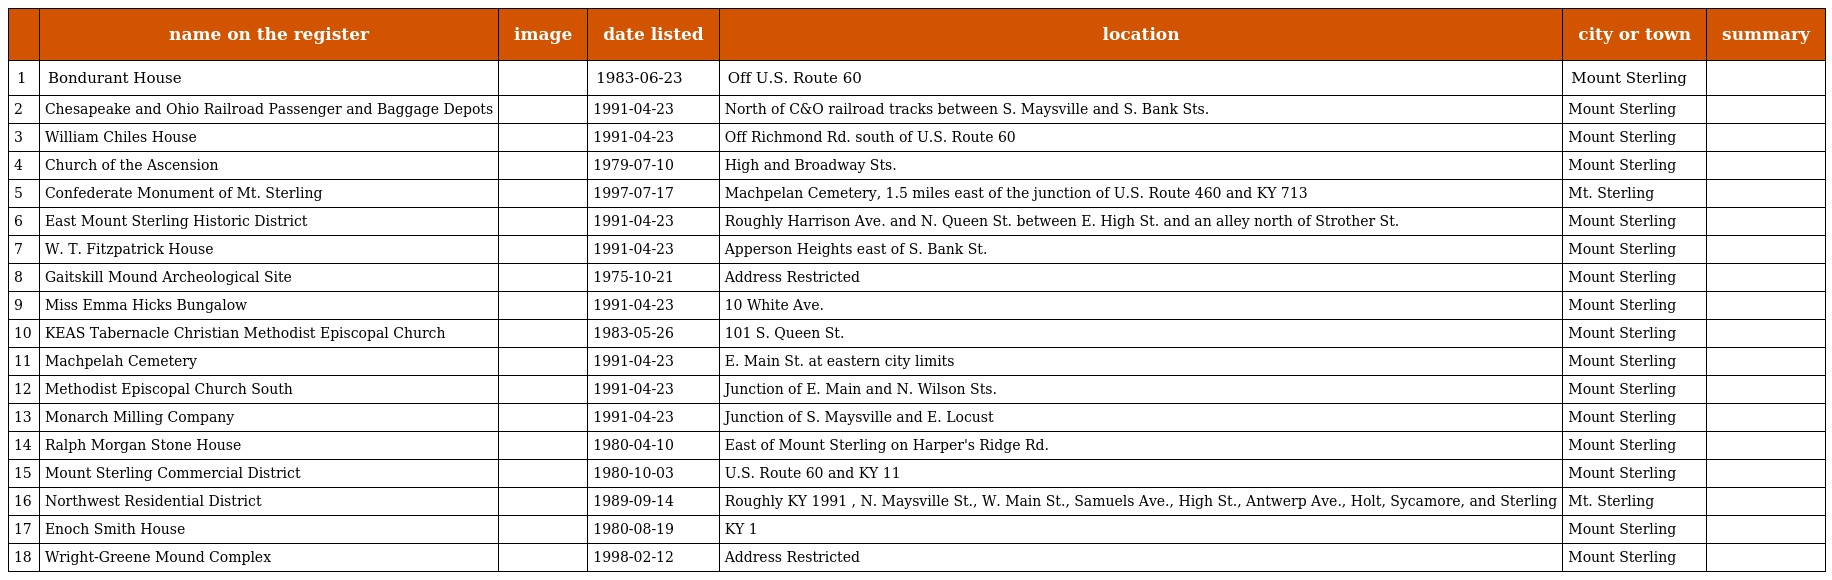
|  | name on the register | image | date listed | location | city or town | summary |
 | --- | --- | --- | --- | --- | --- | --- |
 | 1 | Bondurant House |  | 1983-06-23 | Off U.S. Route 60 | Mount Sterling |  |
 | 2 | Chesapeake and Ohio Railroad Passenger and Baggage Depots |  | 1991-04-23 | North of C&O railroad tracks between S. Maysville and S. Bank Sts. | Mount Sterling |  |
 | 3 | William Chiles House |  | 1991-04-23 | Off Richmond Rd. south of U.S. Route 60 | Mount Sterling |  |
 | 4 | Church of the Ascension |  | 1979-07-10 | High and Broadway Sts. | Mount Sterling |  |
 | 5 | Confederate Monument of Mt. Sterling |  | 1997-07-17 | Machpelan Cemetery, 1.5 miles east of the junction of U.S. Route 460 and KY 713 | Mt. Sterling |  |
 | 6 | East Mount Sterling Historic District |  | 1991-04-23 | Roughly Harrison Ave. and N. Queen St. between E. High St. and an alley north of Strother St. | Mount Sterling |  |
 | 7 | W. T. Fitzpatrick House |  | 1991-04-23 | Apperson Heights east of S. Bank St. | Mount Sterling |  |
 | 8 | Gaitskill Mound Archeological Site |  | 1975-10-21 | Address Restricted | Mount Sterling |  |
 | 9 | Miss Emma Hicks Bungalow |  | 1991-04-23 | 10 White Ave. | Mount Sterling |  |
 | 10 | KEAS Tabernacle Christian Methodist Episcopal Church |  | 1983-05-26 | 101 S. Queen St. | Mount Sterling |  |
 | 11 | Machpelah Cemetery |  | 1991-04-23 | E. Main St. at eastern city limits | Mount Sterling |  |
 | 12 | Methodist Episcopal Church South |  | 1991-04-23 | Junction of E. Main and N. Wilson Sts. | Mount Sterling |  |
 | 13 | Monarch Milling Company |  | 1991-04-23 | Junction of S. Maysville and E. Locust | Mount Sterling |  |
 | 14 | Ralph Morgan Stone House |  | 1980-04-10 | East of Mount Sterling on Harper's Ridge Rd. | Mount Sterling |  |
 | 15 | Mount Sterling Commercial District |  | 1980-10-03 | U.S. Route 60 and KY 11 | Mount Sterling |  |
 | 16 | Northwest Residential District |  | 1989-09-14 | Roughly KY 1991 , N. Maysville St., W. Main St., Samuels Ave., High St., Antwerp Ave., Holt, Sycamore, and Sterling | Mt. Sterling |  |
 | 17 | Enoch Smith House |  | 1980-08-19 | KY 1 | Mount Sterling |  |
 | 18 | Wright-Greene Mound Complex |  | 1998-02-12 | Address Restricted | Mount Sterling |  |